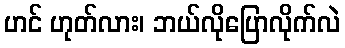
ဟင် ဟုတ်လား၊ ဘယ်လိုပြောလိုက်လဲ